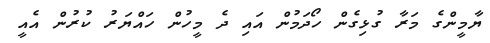
ޔާމީންގެ މަރާ ގުޅިގެން ހޯދަމުން އައި ދެ މީހުން ހައްޔަރު ކުރުން އެއީ